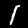
Digit: 1